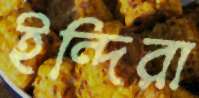
ইন্দিরা